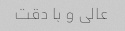
عالی و با دقت